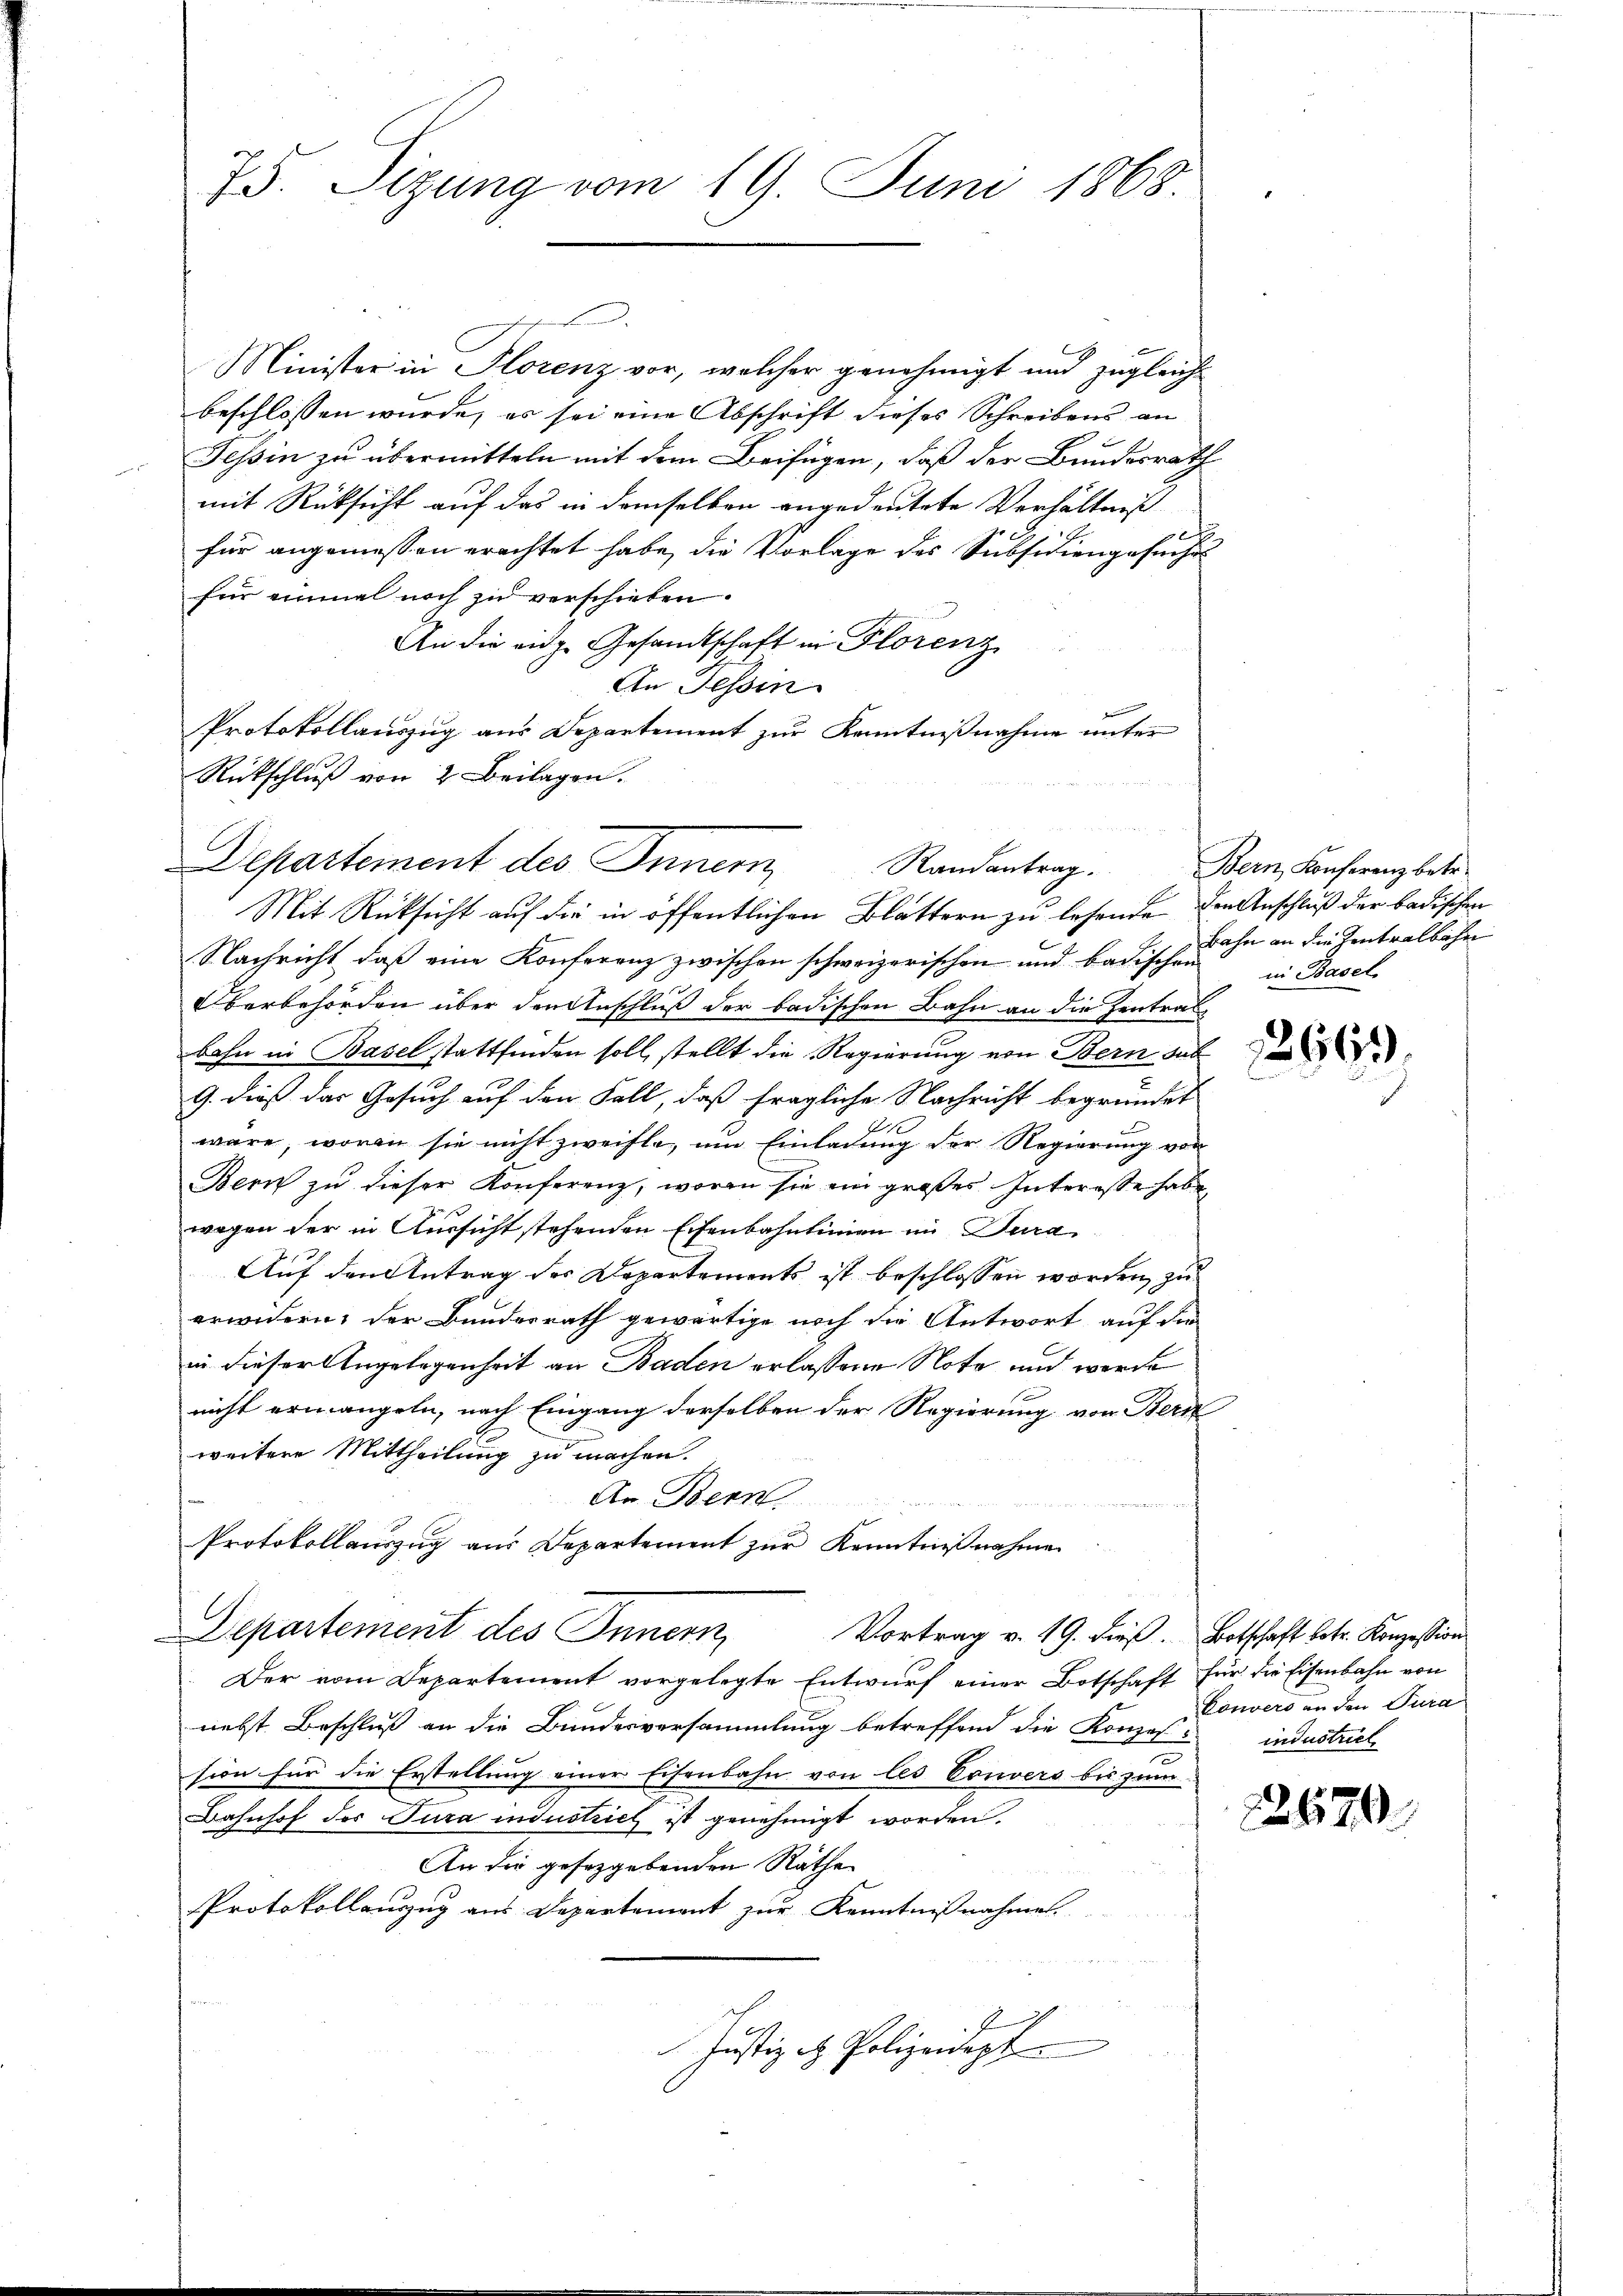
b
Minister in Florenz vor, welcher genehmigt und zugleichbeschlossen würde, es sei eine Abschrift dieses Schreibens an
Tessin zu übermitteln mit dem Beifügen, daß der Bundesrath
mit Rücksicht auf das in demselben angedeutete Verhältniß
für angemessen erachtet habe, die Vorlage des Subsidiengesuches
für einmal noch zu verschieben.
An die eidg. Gesandtschaft in Florenz
An Tessin
Protokollauszug aus Departement zur Kenntnißnahme unter
Rückschluß von 2 Beilagen.
Mit Rücksicht auf die in öffentlichen Blättern zu lesende den Anschluß der badischen
Nachricht, daß eine Konferenz zwischen schweizerischen und badischen
Oberbehörden über den Anschluß der badischen Bahn an die Zentral-
bahn in Basel stattfinden soll, stellt die Regierung von Bern sub
9. dieß das Gesuch auf den Fall, daß fragliche Nachricht begründet
1
wäre, worin sie nicht zweifle, um Einladung der Regierung von
Bern zu dieser Konferenz, worin sie ein großes Interesse habe

wegen der in Aussicht stehenden Eisenbahnlinien im Dura
Auf den Antrag der Departements ist beschlossen worden, zu
erwidern, der Bundesrath gewärtige noch die Antwort auf die
in dieser Angelegenheit an Baden erlassene Note und werde
nicht ermangeln, nach Eingang derselben der Regierung von Bern
weitere Mittheilung zu machen.
An Bern.
Protokollauszug aus Departement zur Kenntnißnahme
Departement des Innern,
Vortrag v. 19. dieß. Botschaft betr. Konzession
Der vom Departement vorgelegte Entwurf einer Botschaft für die Eisenbahn von
nebst Beschluß an die Bundesversammlung betreffend die Konzes industriel
sion für die Erstellung einer Eisenbahn von les Couvers bis zum
Bahnhof der Jura industrich ist genehmigt worden.
An die gesetzgebenden Räthe
Protokollauzug aus Departement zur Kenntnißnahme
Justiz - Polizeidept

75. Sizung vom 19. Juni 1868.

Departement des Innern Randantrag.

Bern, Konferenz betr.
Bahn an die Zentralbahn
in Basel

2669.

Convers an den Tura

2679